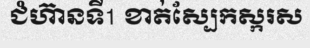
ជំហ៊ានទី1 ខាត់ស្បែកស្ករស